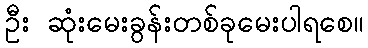
ဦး ဆုံးမေးခွန်းတစ်ခုမေးပါရစေ။